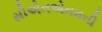
સીએનએનમની